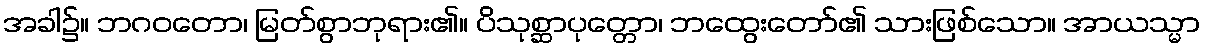
အခါ၌။ ဘဂဝတော၊ မြတ်စွာဘုရား၏။ ပိသုစ္ဆာပုတ္တော၊ ဘထွေးတော်၏ သားဖြစ်သော။ အာယသ္မာ